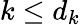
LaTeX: k\leq d_{k}